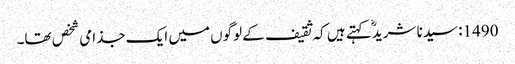
1490: سیدنا شریدؓ کہتے ہیں کہ ثقیف کے لوگوں میں ایک جذامی شخص تھا۔